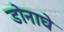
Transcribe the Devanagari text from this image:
डोनाघे